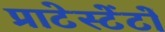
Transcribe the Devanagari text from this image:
प्राटेस्टेंटों